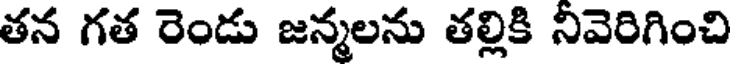
తన గత రెండు జన్మలను తల్లికి నివెరిగించి